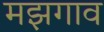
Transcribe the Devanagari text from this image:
मझगाव